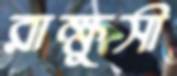
রাক্ষুসী